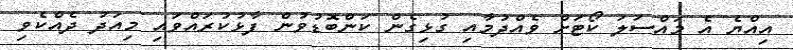
އިއްޔެ އެ މައްސަލަ ކޯޓަށް ވެއްދުމާއި ގުޅިގެން ކަންބޮޑުވުން ފާޅުކުރައްވައި މިއަދު ދެއްކެވި